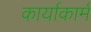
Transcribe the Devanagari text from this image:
कार्याकार्म